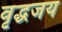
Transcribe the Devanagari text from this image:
वृद्धजय